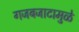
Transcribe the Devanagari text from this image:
गजबजाटामुळे